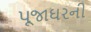
પૂજાઘરની